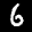
Label: 6